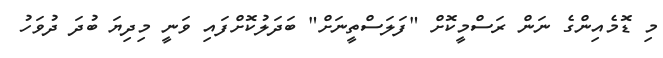
މި ޑޮމެއިންގެ ނަން ރަސްމީކޮށް "ފަލަސްތީނަށް" ބަދަލުކޮށްފައި ވަނީ މިދިޔަ ބުދަ ދުވަހު